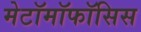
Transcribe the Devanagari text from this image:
मेटॉमॉफॉसिस